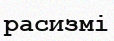
расизмі